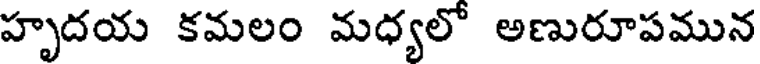
హృదయ కమలం మధ్యలో అణురూపమున